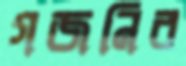
গজনির